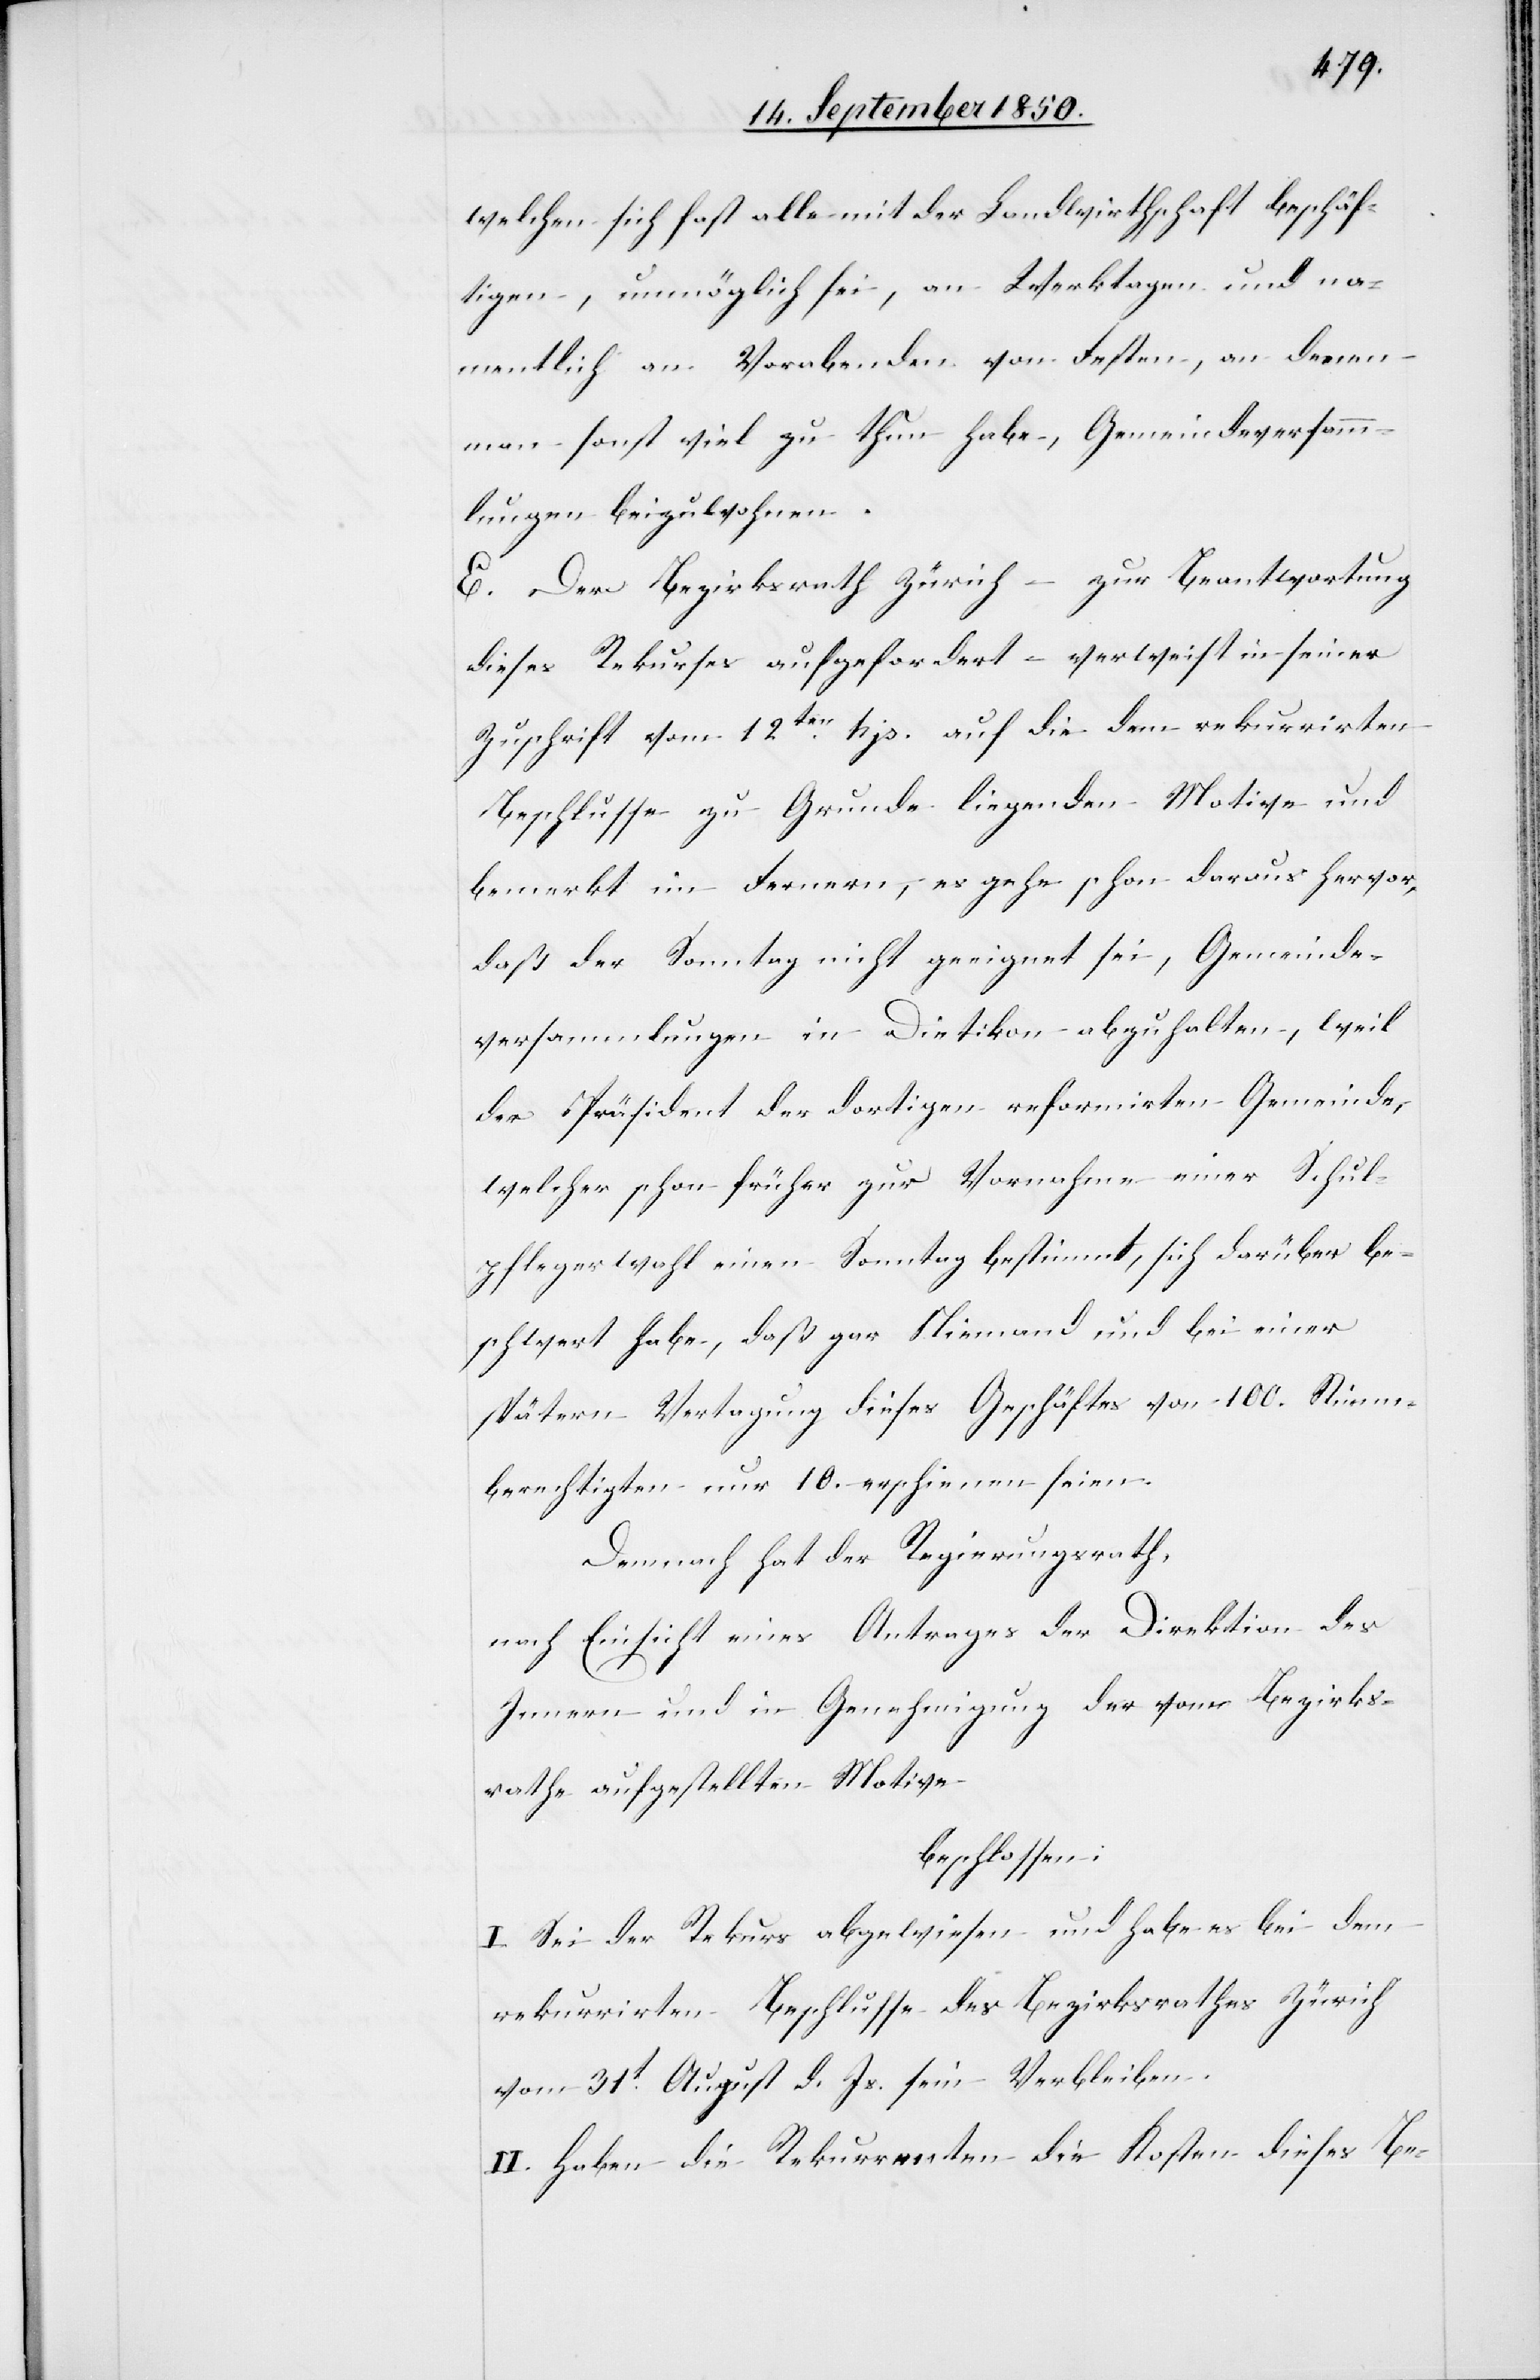
welchen sich fast alle mit der Landwirthschaft beschäf¬
tigen, unmöglich sei, an Werktagen und na¬
mentlich an Vorabenden von Festen, an denen
man sonst viel zu thun habe, Gemeindeversamm¬
lungen beizuwohnen.
E. Der Bezirksrath Zürich – zur Beantwortung
dieses Rekurses aufgefordert – verweist in seiner
Zuschrift vom 12ten hjs. auf die dem rekurrirten
Beschlusse zu Grunde liegenden Motive und
bemerkt im Fernern, es gehe schon daraus hervor,
daß der Sonntag nicht geeignet sei, Gemeinde¬
versammlungen in Dietikon abzuhalten, weil
der Präsident der dortigen reformirten Gemeinde,
welcher schon früher zur Vornahme einer Schul¬
pflegerwahl einen Sonntag bestimmt, sich darüber be¬
schwert habe, daß gar Niemand und bei einer
spätern Vertagung dieses Geschäftes von 100. Stimm¬
berechtigten nur 10. erschienen seien.
Demnach hat der Regierungsrath,
nach Einsicht eines Antrages der Direktion des
Innern und in Genehmigung der vom Bezirks¬
rathe aufgestellten Motive
beschlossen:
I. Sei der Rekurs abgewiesen und habe es bei dem
rekurrirten Beschlusse des Bezirksrathes Zürich
vom 31t August d. Js. sein Verbleiben.
II. Haben die Rekurrenten die Kosten dieses Be-